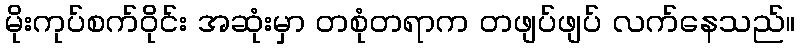
မိုးကုပ်စက်ဝိုင်း အဆုံးမှာ တစုံတရာက တဖျပ်ဖျပ် လက်နေသည်။